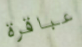
عباقرة